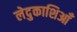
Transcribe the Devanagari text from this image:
लेदुकाशिआँ